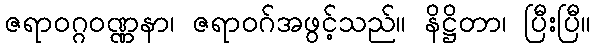
ဇရာဝဂ္ဂဝဏ္ဏနာ၊ ဇရာဝဂ်အဖွင့်သည်။ နိဋ္ဌိတာ၊ ပြီးပြီ။